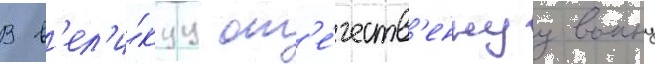
В в'ел'и́куу от'е́честв'еннуу воину